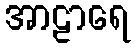
အာဠာရေ